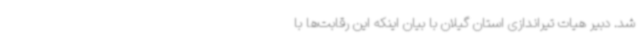
شد. دبیر هیات تیراندازی استان گیلان با بیان اینکه این رقابت‌ها با